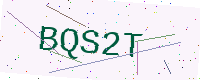
Text: BQS2T